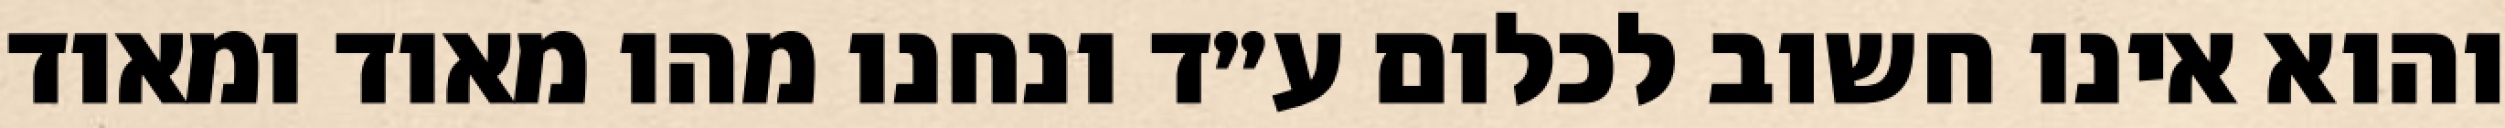
והוא אינו חשוב לכלום ע״ד ונחנו מהו מאוד ומאוד